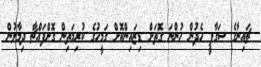
ޗައިނާގެ ސަގާފީ ހެދުން ހުންނަ ގޮތަށް ޑިޒައިންކޮށް ގަމީހުގެ ކުރިމަތިން ގޮށްފައްޗާ ދިމާލުން